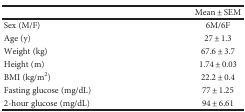
<table><thead><tr><td></td><td><b>Mean ± SEM</b></td></tr></thead><tbody><tr><td>Sex (M/F)</td><td>6M/6F</td></tr><tr><td>Age (y)</td><td>27 ± 1.3</td></tr><tr><td>Weight (kg)</td><td>67.6 ± 3.7</td></tr><tr><td>Height (m)</td><td>1.74 ± 0.03</td></tr><tr><td>BMI (kg/m<sup>2</sup>)</td><td>22.2 ± 0.4</td></tr><tr><td>Fasting glucose (mg/dL)</td><td>77 ± 1.25</td></tr><tr><td>2-hour glucose (mg/dL)</td><td>94 ± 6.61</td></tr></tbody></table>